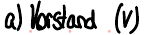
a) Vorstand (V)